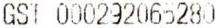
GST 000292065280